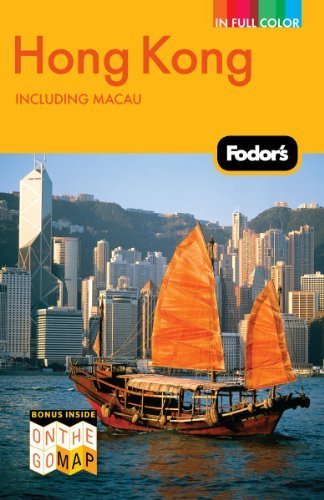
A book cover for Fodor's Hong Kong, Including Macau (Full-Color Travel Guide) Paperback March 1, 2011; Fodor's; Travel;